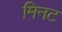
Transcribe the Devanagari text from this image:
मिनट